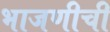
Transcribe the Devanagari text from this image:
भाजणीची